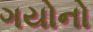
ગયોનો